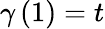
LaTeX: \gamma\left(1\right)=t